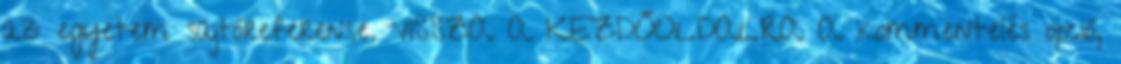
az egyetem sajtóreferense. VISSZA A KEZDŐOLDALRA A kommentelés opció,